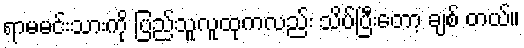
ရာမမင်းသားကို ပြည်သူလူထုကလည်း သိပ်ပြီးတော့ ချစ် တယ်။